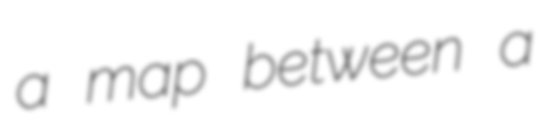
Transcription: a map between a